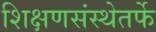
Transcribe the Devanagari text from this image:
शिक्षणसंस्थेतर्फे